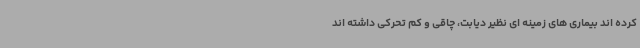
کرده اند بیماری های زمینه ای نظیر دیابت، چاقی و کم تحرکی داشته اند